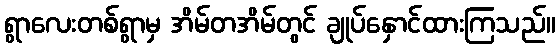
ရွာလေးတစ်ရွာမှ အိမ်တအိမ်တွင် ချုပ်နှောင်ထားကြသည်။